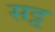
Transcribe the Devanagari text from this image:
सट्ट